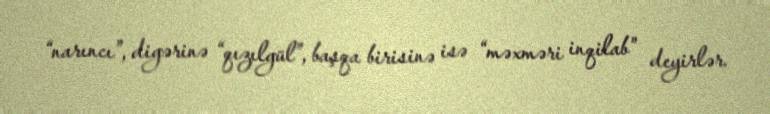
“narıncı”, digərinə “qızılgül”, başqa birisinə isə “məxməri inqilab” deyirlər.